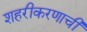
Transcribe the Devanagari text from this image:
शहरीकरणाची